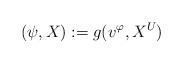
LaTeX: \begin{align*} (\psi, X) := g(v^{\varphi}, X^U) \end{align*}